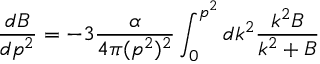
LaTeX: { \frac { d B } { d p ^ { 2 } } } = - 3 { \frac { \alpha } { 4 \pi ( p ^ { 2 } ) ^ { 2 } } } \int _ { 0 } ^ { p ^ { 2 } } d k ^ { 2 } { \frac { k ^ { 2 } B } { k ^ { 2 } + B } }